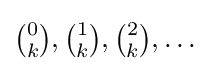
{\tbinom {0}{k}},{\tbinom {1}{k}},{\tbinom {2}{k}},\ldots